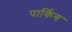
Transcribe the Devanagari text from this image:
पार्किग